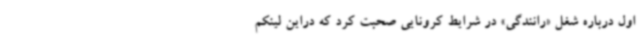
اول درباره شغل «رانندگی» در شرایط کرونایی صحبت کرد که دراین لینکم